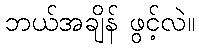
ဘယ်အချိန် ဖွင့်လဲ။